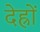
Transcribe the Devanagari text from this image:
देह्रों